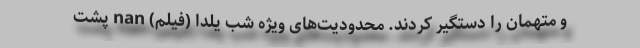
و متهمان را دستگیر کردند. محدودیت‌های ویژه شب یلدا (فیلم) nan پشت